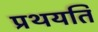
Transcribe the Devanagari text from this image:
प्रथयति